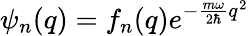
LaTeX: \psi_{n}(q)=f_{n}(q)e^{-\frac{m\omega}{2\hbar}q^{2}}